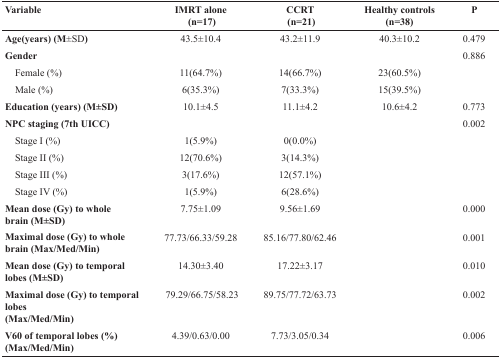
| Variable | IMRT alone (n=17) | CCRT (n=21) | Healthy controls (n=38) | P |
 | --- | --- | --- | --- | --- |
 | Age(years) (M±SD) | 43.5±10.4 | 43.2±11.9 | 40.3±10.2 | 0.479 |
 | Gender |  |  |  | 0.886 |
 | Female (%) | 11(64.7%) | 14(66.7%) | 23(60.5%) |  |
 | Male (%) | 6(35.3%) | 7(33.3%) | 15(39.5%) |  |
 | Education (years) (M±SD) | 10.1±4.5 | 11.1±4.2 | 10.6±4.2 | 0.773 |
 | NPC staging (7th UICC) |  |  |  | 0.002 |
 | Stage I (%) | 1(5.9%) | 0(0.0%) |  |  |
 | Stage II (%) | 12(70.6%) | 3(14.3%) |  |  |
 | Stage III (%) | 3(17.6%) | 12(57.1%) |  |  |
 | Stage IV (%) | 1(5.9%) | 6(28.6%) |  |  |
 | Mean dose (Gy) to whole brain (M±SD) | 7.75±1.09 | 9.56±1.69 |  | 0.000 |
 | Maximal dose (Gy) to whole brain (Max/Med/Min) | 77.73/66.33/59.28 | 85.16/77.80/62.46 |  | 0.001 |
 | Mean dose (Gy) to temporal lobes (M±SD) | 14.30±3.40 | 17.22±3.17 |  | 0.010 |
 | Maximal dose (Gy) to temporal lobes (Max/Med/Min) | 79.29/66.75/58.23 | 89.75/77.72/63.73 |  | 0.002 |
 | V60 of temporal lobes (%) (Max/Med/Min) | 4.39/0.63/0.00 | 7.73/3.05/0.34 |  | 0.006 |